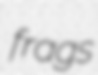
frags